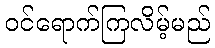
ဝင်ရောက်ကြလိမ့်မည်